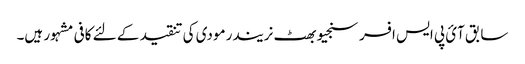
سابق آئ پی ایس افسر سنجیو بھٹ نریندر مودی کی تنقید کے لئے کافی مشہور ہیں۔